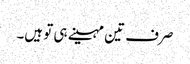
صرف تین مہینے ہی تو ہیں۔